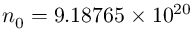
n _ { 0 } = 9 . 1 8 7 6 5 \times 1 0 ^ { 2 0 }